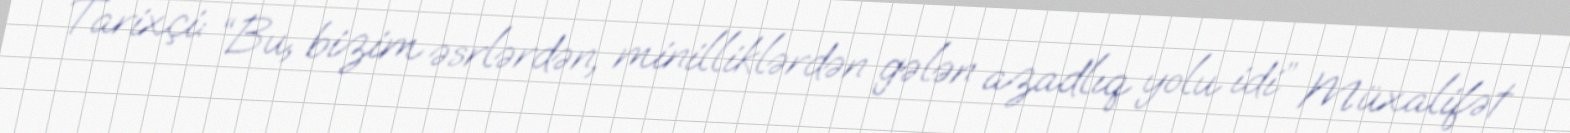
Tarixçi: “Bu, bizim əsrlərdən, minilliklərdən gələn azadlıq yolu idi” Müxalifət